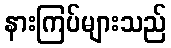
နားကြပ်များသည်